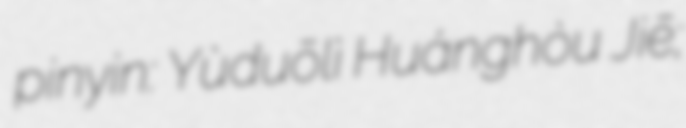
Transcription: pinyin: Yùduōlì Huánghòu Jiē;